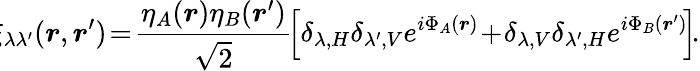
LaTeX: \! \! \xi_{\lambda\lambda^{\prime}}(\boldsymbol{r},\boldsymbol{r}^{\prime})\! =\! \frac{\eta_{A}(\boldsymbol{r})\eta_{B}(\boldsymbol{r}^{\prime})}{\sqrt{2}}\! \left[\delta_{\lambda,H}\delta_{\lambda^{\prime},V}e^{i\Phi_{A}(\boldsymbol{r})}\! +\! \delta_{\lambda,V}\delta_{\lambda^{\prime},H}e^{i\Phi_{B}(\boldsymbol{r}^{\prime})}\! \right]\! .